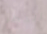
بالخطر